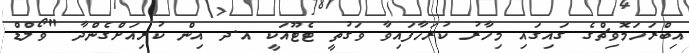
އިބްރަހަމޮވިޗްގެ ގައިގައި މިހާރު ކުރަހާފައިވާ ވަގުތީ ޓެޓޫއަކީ އ.ދ އިން ކުރިއަށްގެންދާ "ވޯލްޑް